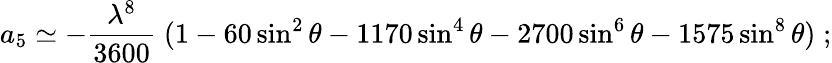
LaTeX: a_{5}\simeq-{\frac{\lambda^{8}}{3600}}\; (1-60\sin^{2}\theta-1170\sin^{4}\theta-2700\sin^{6}\theta-1575\sin^{8}\theta)\; ;